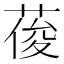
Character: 葰